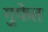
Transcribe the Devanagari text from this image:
गुफेत